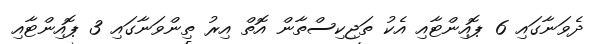
ދެވަނާގައި 6 ޕޮއިންޓާއި އެކު ތަޖިކިސްތާން އޮތް އިރު ތިންވަނާގައި 3 ޕޮއިންޓާއި